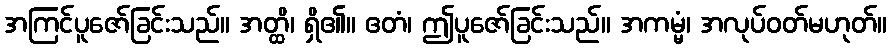
အကြင်ပူဇော်ခြင်းသည်။ အတ္ထိ၊ ရှိ၏။ ဧတံ၊ ဤပူဇော်ခြင်းသည်။ အကမ္မံ၊ အလုပ်ဝတ်မဟုတ်။